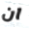
ان